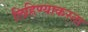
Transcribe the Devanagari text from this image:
लिहिण्याकरता